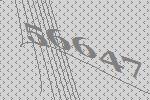
56647